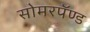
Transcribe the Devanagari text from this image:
सोमरपॅण्ड